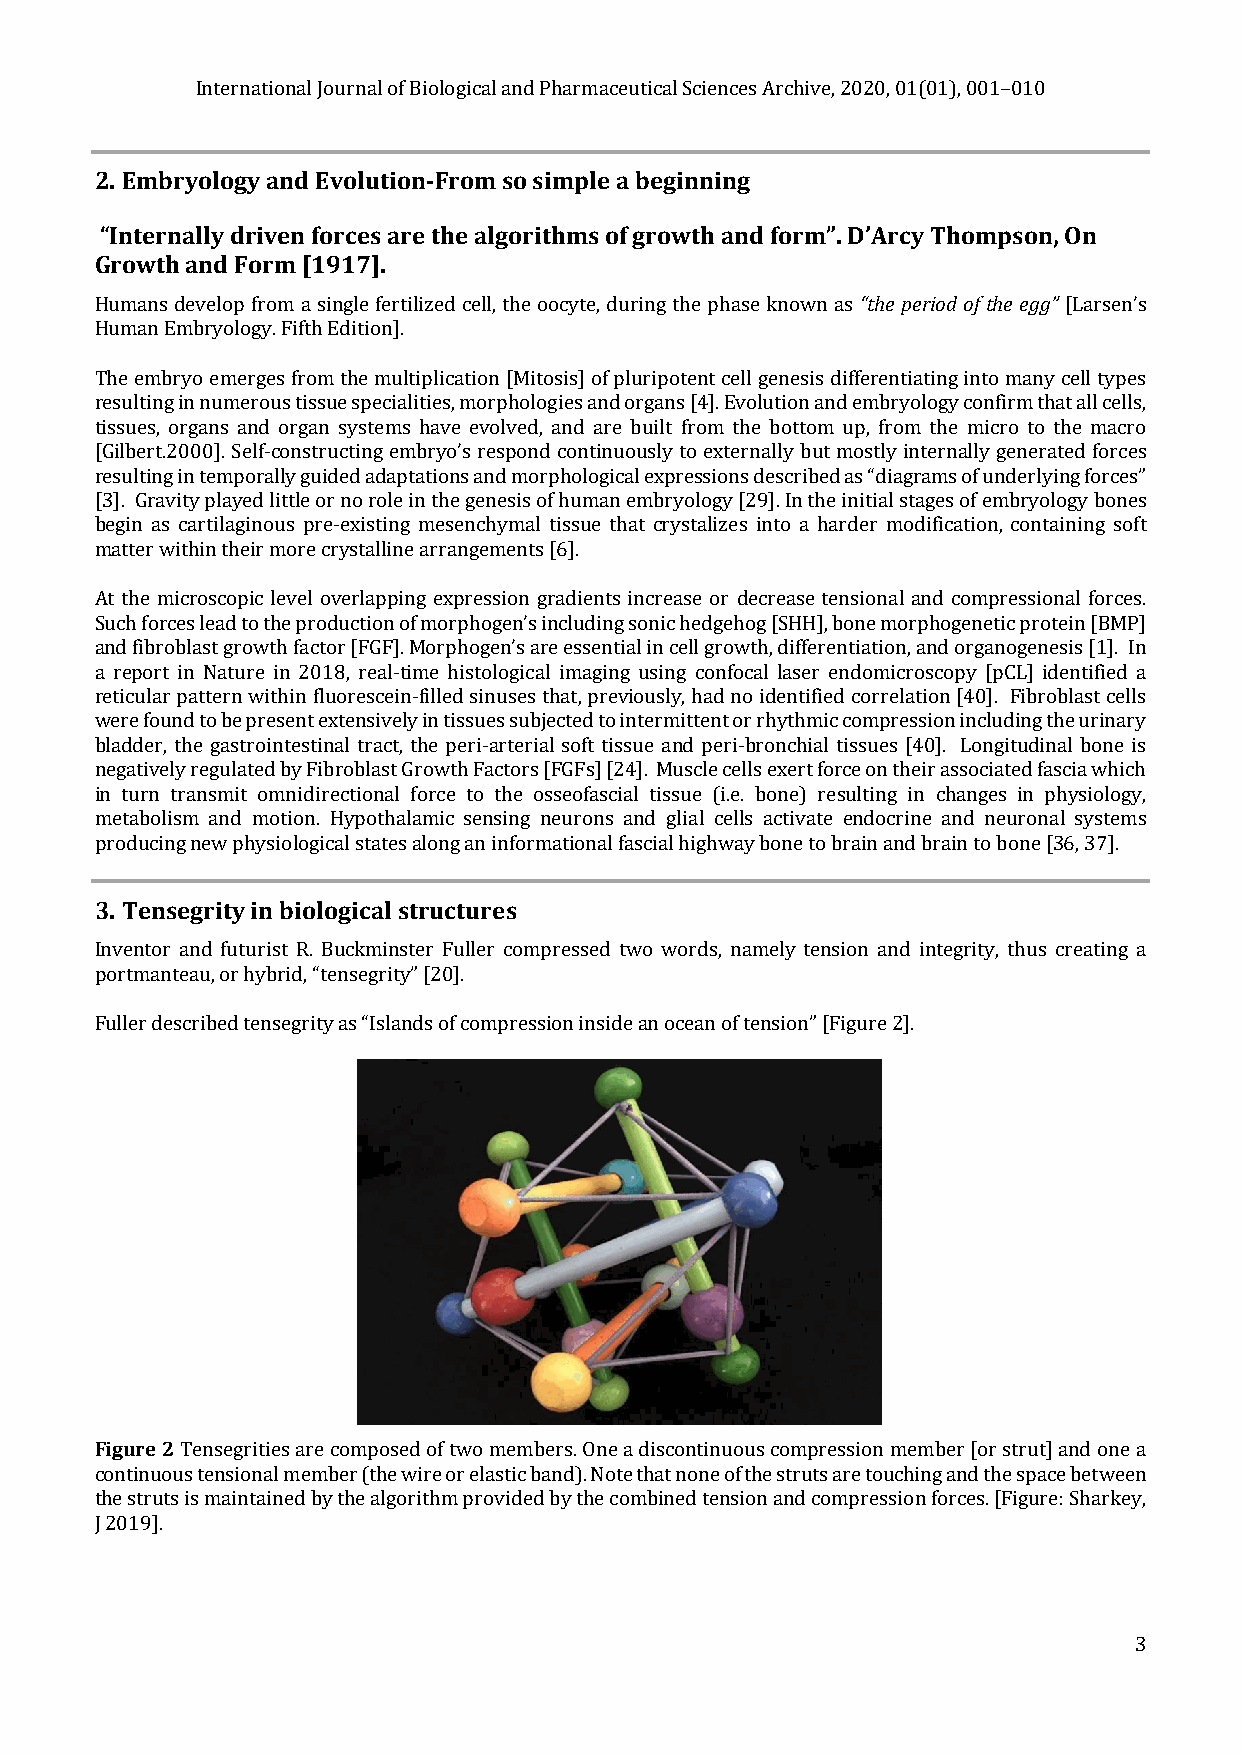
International Journal of Biological and Pharmaceutical Sciences Archive, 2020, 01(01), 001–010
 2. Embryology and Evolution-From so simple a beginning
 “Internally driven forces are the algorithms of growth and form”. D’Arcy Thompson, On
 Growth and Form [1917].
 Humans develop from a single fertilized cell, the oocyte, during the phase known as “the period of the egg” [Larsen’s
 Human Embryology. Fifth Edition].
 The embryo emerges from the multiplication [Mitosis] of pluripotent cell genesis differentiating into many cell types
 resulting in numerous tissue specialities, morphologies and organs [4]. Evolution and embryology confirm that all cells,
 tissues, organs and organ systems have evolved, and are built from the bottom up, from the micro to the macro
 [Gilbert.2000]. Self-constructing embryo’s respond continuously to externally but mostly internally generated forces
 resulting in temporally guided adaptations and morphological expressions described as “diagrams of underlying forces”
 [3]. Gravity played little or no role in the genesis of human embryology [29]. In the initial stages of embryology bones
 begin as cartilaginous pre-existing mesenchymal tissue that crystalizes into a harder modification, containing soft
 matter within their more crystalline arrangements [6].
 At the microscopic level overlapping expression gradients increase or decrease tensional and compressional forces.
 Such forces lead to the production of morphogen’s including sonic hedgehog [SHH], bone morphogenetic protein [BMP]
 and fibroblast growth factor [FGF]. Morphogen’s are essential in cell growth, differentiation, and organogenesis [1]. In
 a report in Nature in 2018, real-time histological imaging using confocal laser endomicroscopy [pCL] identified a
 reticular pattern within fluorescein-filled sinuses that, previously, had no identified correlation [40]. Fibroblast cells
 were found to be present extensively in tissues subjected to intermittent or rhythmic compression including the urinary
 bladder, the gastrointestinal tract, the peri-arterial soft tissue and peri-bronchial tissues [40]. Longitudinal bone is
 negatively regulated by Fibroblast Growth Factors [FGFs] [24]. Muscle cells exert force on their associated fascia which
 in turn transmit omnidirectional force to the osseofascial tissue (i.e. bone) resulting in changes in physiology,
 metabolism and motion. Hypothalamic sensing neurons and glial cells activate endocrine and neuronal systems
 producing new physiological states along an informational fascial highway bone to brain and brain to bone [36, 37].
 3. Tensegrity in biological structures
 Inventor and futurist R. Buckminster Fuller compressed two words, namely tension and integrity, thus creating a
 portmanteau, or hybrid, “tensegrity” [20].
 Fuller described tensegrity as “Islands of compression inside an ocean of tension” [Figure 2].
 Figure 2 Tensegrities are composed of two members. One a discontinuous compression member [or strut] and one a
 continuous tensional member (the wire or elastic band). Note that none of the struts are touching and the space between
 the struts is maintained by the algorithm provided by the combined tension and compression forces. [Figure: Sharkey,
 J 2019].
 3